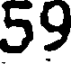
59